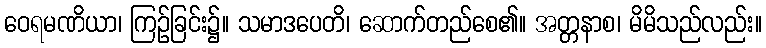
ဝေရမဏိယာ၊ ကြဉ်ခြင်း၌။ သမာဒပေတိ၊ ဆောက်တည်စေ၏။ အတ္တနာစ၊ မိမိသည်လည်း။